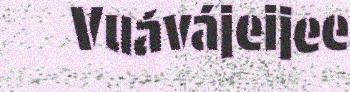
Vuávájeijee